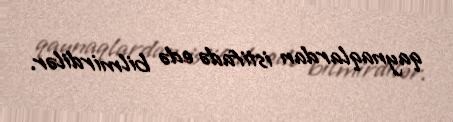
qaynaqlardan istifadə edə bilmirdilər.